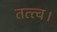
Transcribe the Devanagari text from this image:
तत्त्व।